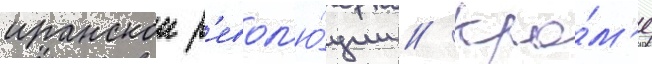
иранскои р'евол'ю́ции // Кро́м'е